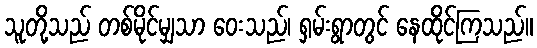
သူတို့သည် တစ်မိုင်မျှသာ ဝေးသည်၊ ရှမ်းရွာတွင် နေထိုင်ကြသည်။